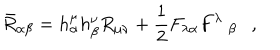
\bar { R } _ { \alpha \beta } = h _ { \alpha } ^ { \mu } h _ { \beta } ^ { \nu } R _ { \mu \nu } + \frac 1 2 F _ { \lambda \alpha } F ^ { \lambda } ~ _ { \beta } ,